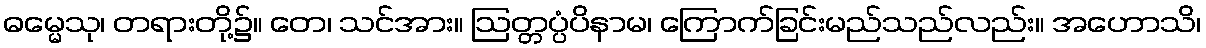
ဓမ္မေသု၊ တရားတို့၌။ တေ၊ သင်အား။ ဩတ္တပ္ပံပိနာမ၊ ကြောက်ခြင်းမည်သည်လည်း။ အဟောသိ၊